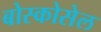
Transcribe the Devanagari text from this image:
बोस्कोसेल